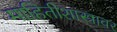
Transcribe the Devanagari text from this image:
माहितीशास्त्रावर